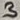
Text: 3